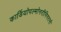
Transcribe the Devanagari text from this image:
कार्डियोपल्मोनरीनिगरानी